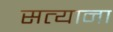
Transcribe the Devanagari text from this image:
सत्याना